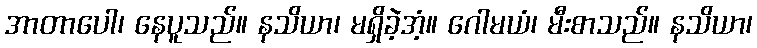
အာတာပေါ၊ နေပူသည်။ နသိယာ၊ မရှိခဲ့အံ့။ ဂေါမယံ၊ မီးစာသည်။ နသိယာ၊